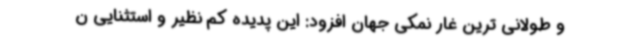
و طولانی ترین غار نمکی جهان افزود: این پدیده کم نظیر و استثنایی ن